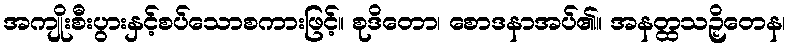
အကျိုးစီးပွားနှင့်စပ်သောစကားဖြင့်။ စုဒိတော၊ စောဒနာအပ်၏။ အနတ္ထသဉှိတေန၊